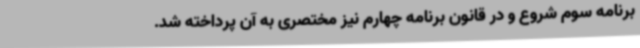
برنامه سوم شروع و در قانون برنامه چهارم نیز مختصری به آن پرداخته شد.